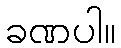
ခဏပါ။